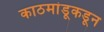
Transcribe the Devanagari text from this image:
काठमांडूकडून